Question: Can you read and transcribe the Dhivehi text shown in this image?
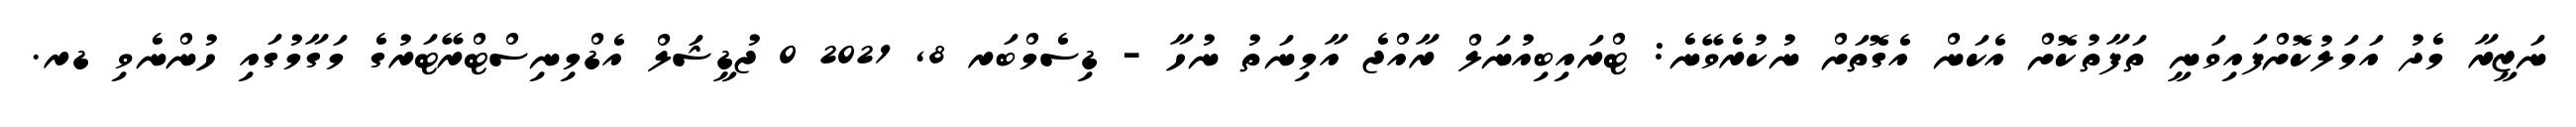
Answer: ނަޒީރާ މެދު އަމަލުކޮށްފައިވަނީ ތަފާތުކޮށް އެކަން އެގޮތަށް ނުކުރެވޭނެ: ޓްރައިބިއުނަލް ރާއްޖެ އާމިނަތު ނުހާ - ޑިސެމްބަރ 8, 2021 0 ޖުޑީޝަލް އެޑްމިނިސްޓްރޭޓަރުގެ މަގާމުގައި ހުންނެވި ޑރ.